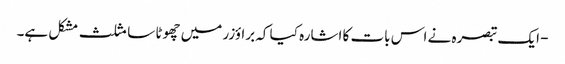
- ایک تبصرہ نے اس بات کا اشارہ کیا کہ براؤزر میں چھوٹا سا مثلث مشکل ہے۔